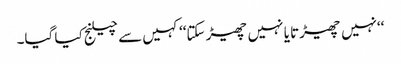
‘‘نہیں چھیڑتا یا نہیں چھیڑ سکتا‘‘ کہیں سے چیلنج کیا گیا۔